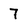
Character: 7